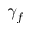
\gamma _ { f }